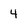
Character: 4